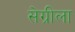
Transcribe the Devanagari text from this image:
सेग्रीला